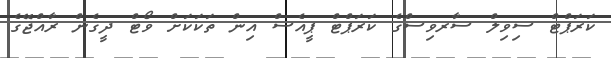
ކަރަޕްޓް ސިވިލް ސާރވިސްގެ ކަރަޕްޓް ޕީއެސް އިން ތަކަކަށް ވޯޓް ދީގެން ރާއްޖޭގެ